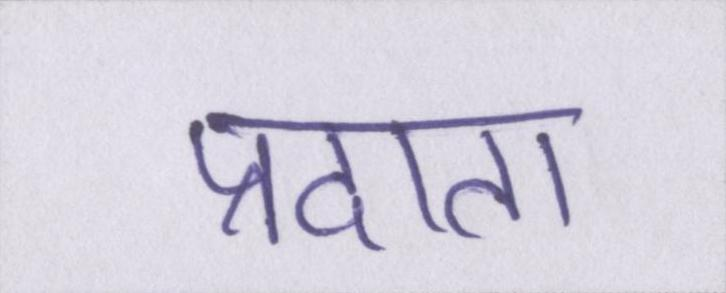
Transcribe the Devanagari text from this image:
प्रदाता